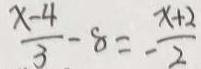
\frac { x - 4 } { 3 } - 8 = - \frac { x + 2 } { 2 }